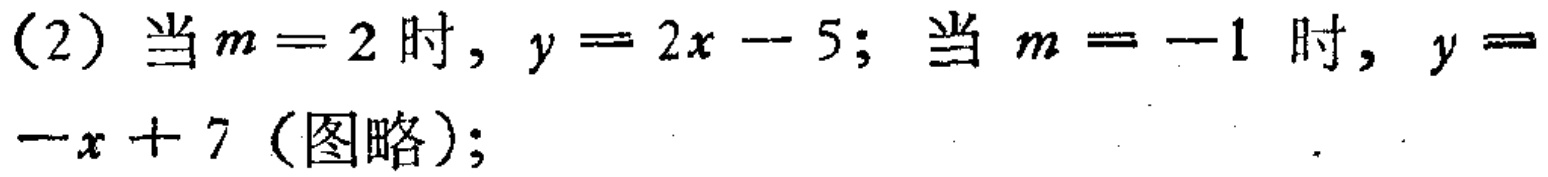
(2) 当\(m = 2\)时, \(y = 2x - 5\); 当 \(m = -1\) 时, \(y = -x + 7\) (图略);